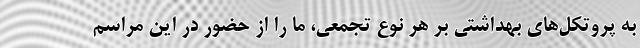
به پروتکل‌های بهداشتی بر هر نوع تجمعی، ما را از حضور در این مراسم